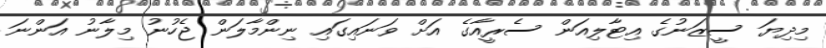
މިދިޔަ ސީޒަނުގެ އިޓާލިއަން ސެރީއާގެ އަށް ވަނައިގައި ނިންމާލަން ޖެހުނު މިލާނު އަންނަ